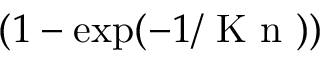
( 1 - \exp ( - 1 / \mathrm { ~ K ~ n ~ } ) )